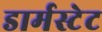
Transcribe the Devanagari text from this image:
डार्मस्टेट